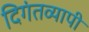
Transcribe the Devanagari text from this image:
दिगंतव्यापी